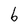
Character: b